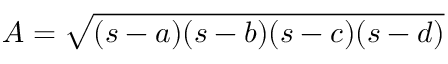
A = { \sqrt { ( s - a ) ( s - b ) ( s - c ) ( s - d ) } }